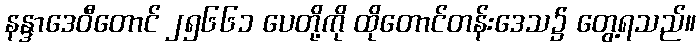
နန္ဒာဒေဝီတောင် ၂၅၆၆၁ ပေတို့ကို ထိုတောင်တန်းဒေသ၌ တွေ့ရသည်။